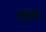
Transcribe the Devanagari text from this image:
सख्श